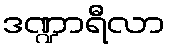
ဒဏ္ဍာရီလာ